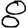
Digit: 8